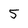
Character: 5